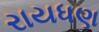
રાયધણ